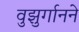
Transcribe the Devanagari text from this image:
वुझुर्गानने